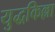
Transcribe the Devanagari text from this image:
युद्धकिल्ला